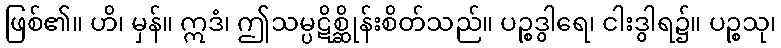
ဖြစ်၏။ ဟိ၊ မှန်။ ဣဒံ၊ ဤသမ္ပဋိစ္ဆိုန်းစိတ်သည်။ ပဉ္စဒွါရေ၊ ငါးဒွါရ၌။ ပဉ္စသု၊